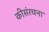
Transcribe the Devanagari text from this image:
कीसंरचना